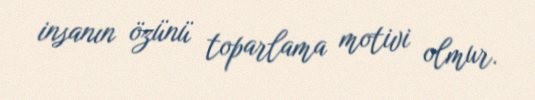
insanın özünü toparlama motivi olmur.